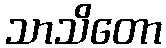
သာသိတော